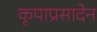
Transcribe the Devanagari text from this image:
कृपाप्रसादेन